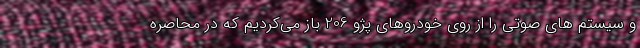
و سیستم های صوتی را از روی خودروهای پژو 206 باز می‌کردیم که در محاصره